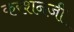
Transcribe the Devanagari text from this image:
करशनजी